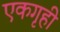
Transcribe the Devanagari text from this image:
एकगृही